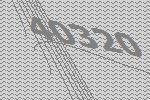
40320